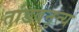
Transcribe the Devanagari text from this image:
तांडवनृत्य